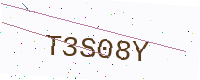
Text: T3S08Y